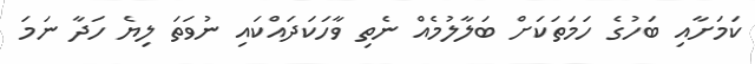
ކަމަށާއި ބަހުގެ ހަމަތަކަށް ބަލާލުމެއް ނެތި ވާހަކަދައްކައި ނުވަތަ ލިޔެ ހަދާ ނަމަ